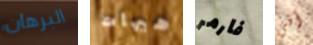
البرهان هيهات فارمر أفي